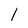
Character: l